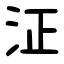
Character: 泟